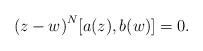
LaTeX: \begin{align*} {(z - w)}^N[a(z), b(w)] = 0.\end{align*}